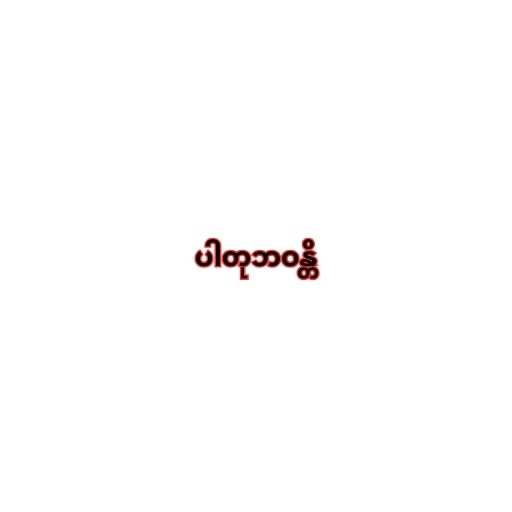
ပါတုဘဝန္တိ